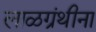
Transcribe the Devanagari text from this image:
लाळग्रंथीना